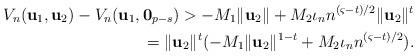
LaTeX: \begin{align*}V_{n}(\mathbf{u}_1,\mathbf{u}_2)-V_{n}(\mathbf{u}_1,\mathbf{0}_{p-s}) > -M_1 \Vert \mathbf{u}_2 \Vert + M_2 \iota_n n^{(\varsigma -t)/2} \Vert \mathbf{u}_2 \Vert^{t} \\ = \Vert \mathbf{u}_2 \Vert^{t} (-M_1 \Vert \mathbf{u}_2 \Vert^{1-t} + M_2 \iota_n n^{(\varsigma -t)/2}).\end{align*}